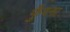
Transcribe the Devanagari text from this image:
फुँदना